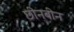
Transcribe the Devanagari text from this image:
छीनबीन